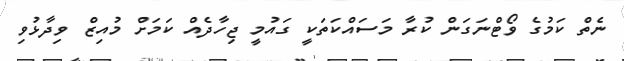
ނެތް ކަމުގެ ވޯޓްނަގަން ކުރާ މަސައްކަތަކީ ގައުމީ ޖިހާދެއް ކަމަށް މުއިޒް ވިދާޅުވި